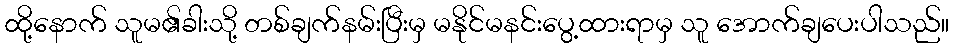
ထို့နောက် သူမ၏ခါးသို့ တစ်ချက်နမ်းပြီးမှ မနိုင်မနင်းပွေ့ထားရာမှ သူ အောက်ချပေးပါသည်။